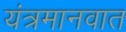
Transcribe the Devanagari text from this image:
यंत्रमानवात